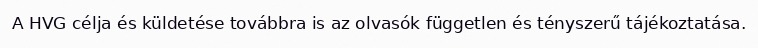
A HVG célja és küldetése továbbra is az olvasók független és tényszerű tájékoztatása.